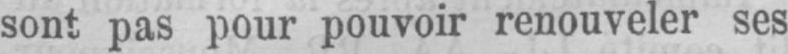
sont pas pour pouvoir renouveler ses